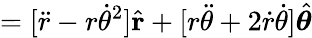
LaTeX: =[{\ddot{r}}-r{\dot{\theta}}^{2}]{\hat{\mathbf{r}}}+[r{\ddot{\theta}}+2{\dot{r}}{\dot{\theta}}]{\hat{\boldsymbol{\theta}}}